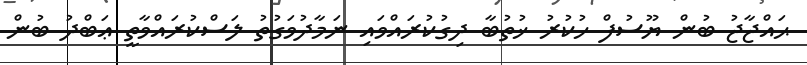
ޙައްޖާޖު ބުން ޔޫސުފް ހުކުރު ޚުތުބާ ދިގުކުރައްވައި ނަމާދުވަގުތު ލަސްކުރައްވާތީ ޢަބްދު ބުން